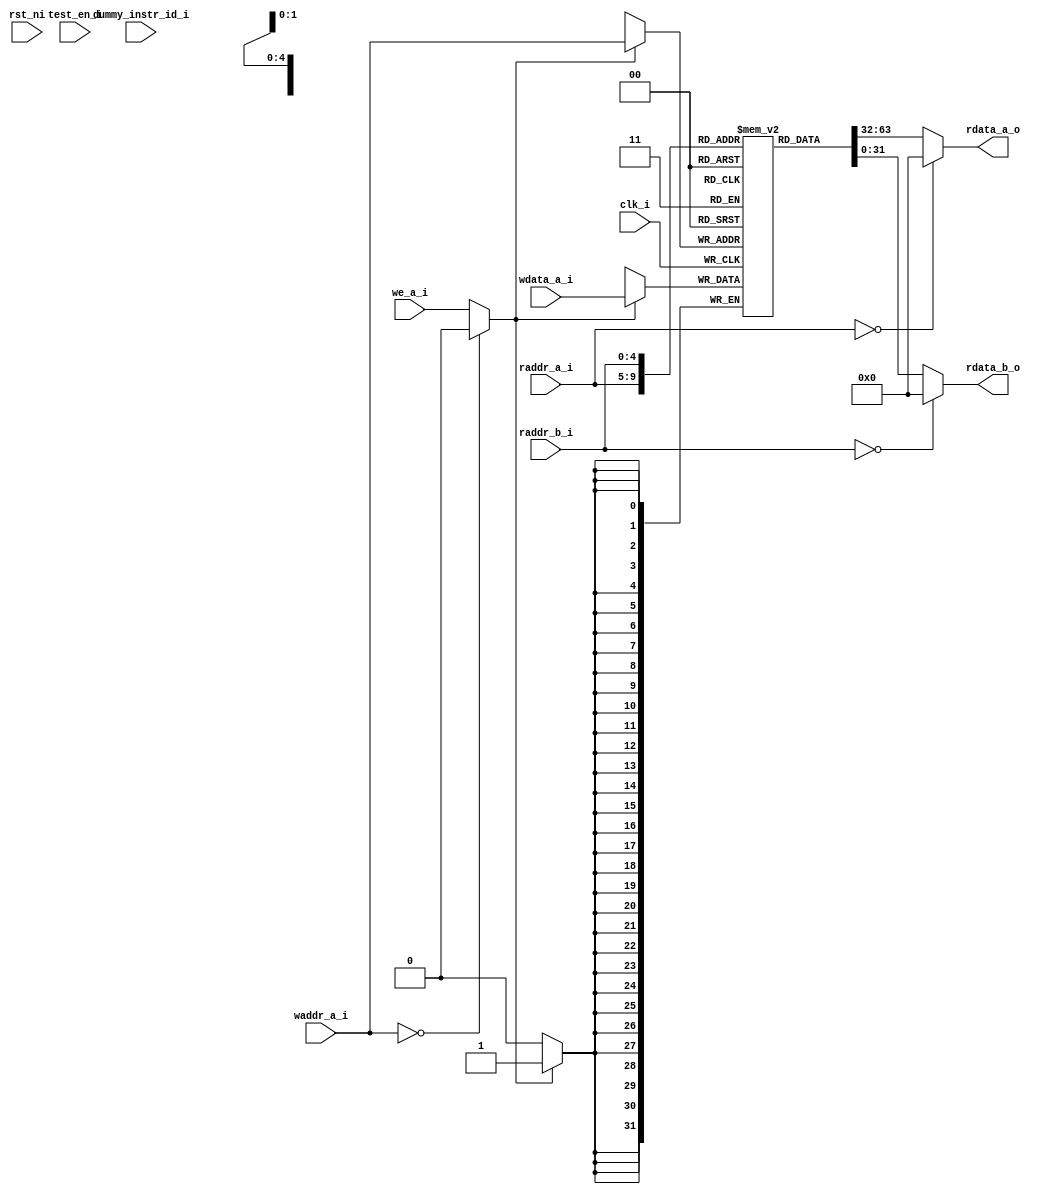
module ibex_register_file_fpga (
	clk_i,
	rst_ni,
	test_en_i,
	dummy_instr_id_i,
	raddr_a_i,
	rdata_a_o,
	raddr_b_i,
	rdata_b_o,
	waddr_a_i,
	wdata_a_i,
	we_a_i
);
	parameter [0:0] RV32E = 0;
	parameter [31:0] DataWidth = 32;
	parameter [0:0] DummyInstructions = 0;
	input wire clk_i;
	input wire rst_ni;
	input wire test_en_i;
	input wire dummy_instr_id_i;
	input wire [4:0] raddr_a_i;
	output wire [DataWidth - 1:0] rdata_a_o;
	input wire [4:0] raddr_b_i;
	output wire [DataWidth - 1:0] rdata_b_o;
	input wire [4:0] waddr_a_i;
	input wire [DataWidth - 1:0] wdata_a_i;
	input wire we_a_i;
	localparam signed [31:0] ADDR_WIDTH = (RV32E ? 4 : 5);
	localparam signed [31:0] NUM_WORDS = 2 ** ADDR_WIDTH;
	reg [DataWidth - 1:0] mem [0:NUM_WORDS - 1];
	wire we;
	assign rdata_a_o = (raddr_a_i == {5 {1'sb0}} ? {DataWidth {1'sb0}} : mem[raddr_a_i]);
	assign rdata_b_o = (raddr_b_i == {5 {1'sb0}} ? {DataWidth {1'sb0}} : mem[raddr_b_i]);
	assign we = (waddr_a_i == {5 {1'sb0}} ? 1'b0 : we_a_i);
	always @(posedge clk_i) begin : sync_write
		if (we == 1'b1)
			mem[waddr_a_i] <= wdata_a_i;
	end
	wire unused_rst_ni;
	assign unused_rst_ni = rst_ni;
	wire unused_dummy_instr;
	assign unused_dummy_instr = dummy_instr_id_i;
	wire unused_test_en;
	assign unused_test_en = test_en_i;
endmodule